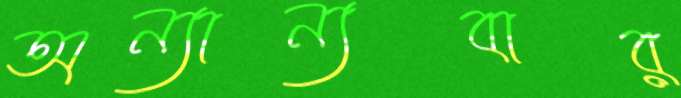
অন্যান্যবার